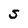
Character: S